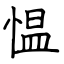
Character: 愠